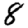
Digit: 8